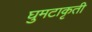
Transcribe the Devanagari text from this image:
घुमटाकृती